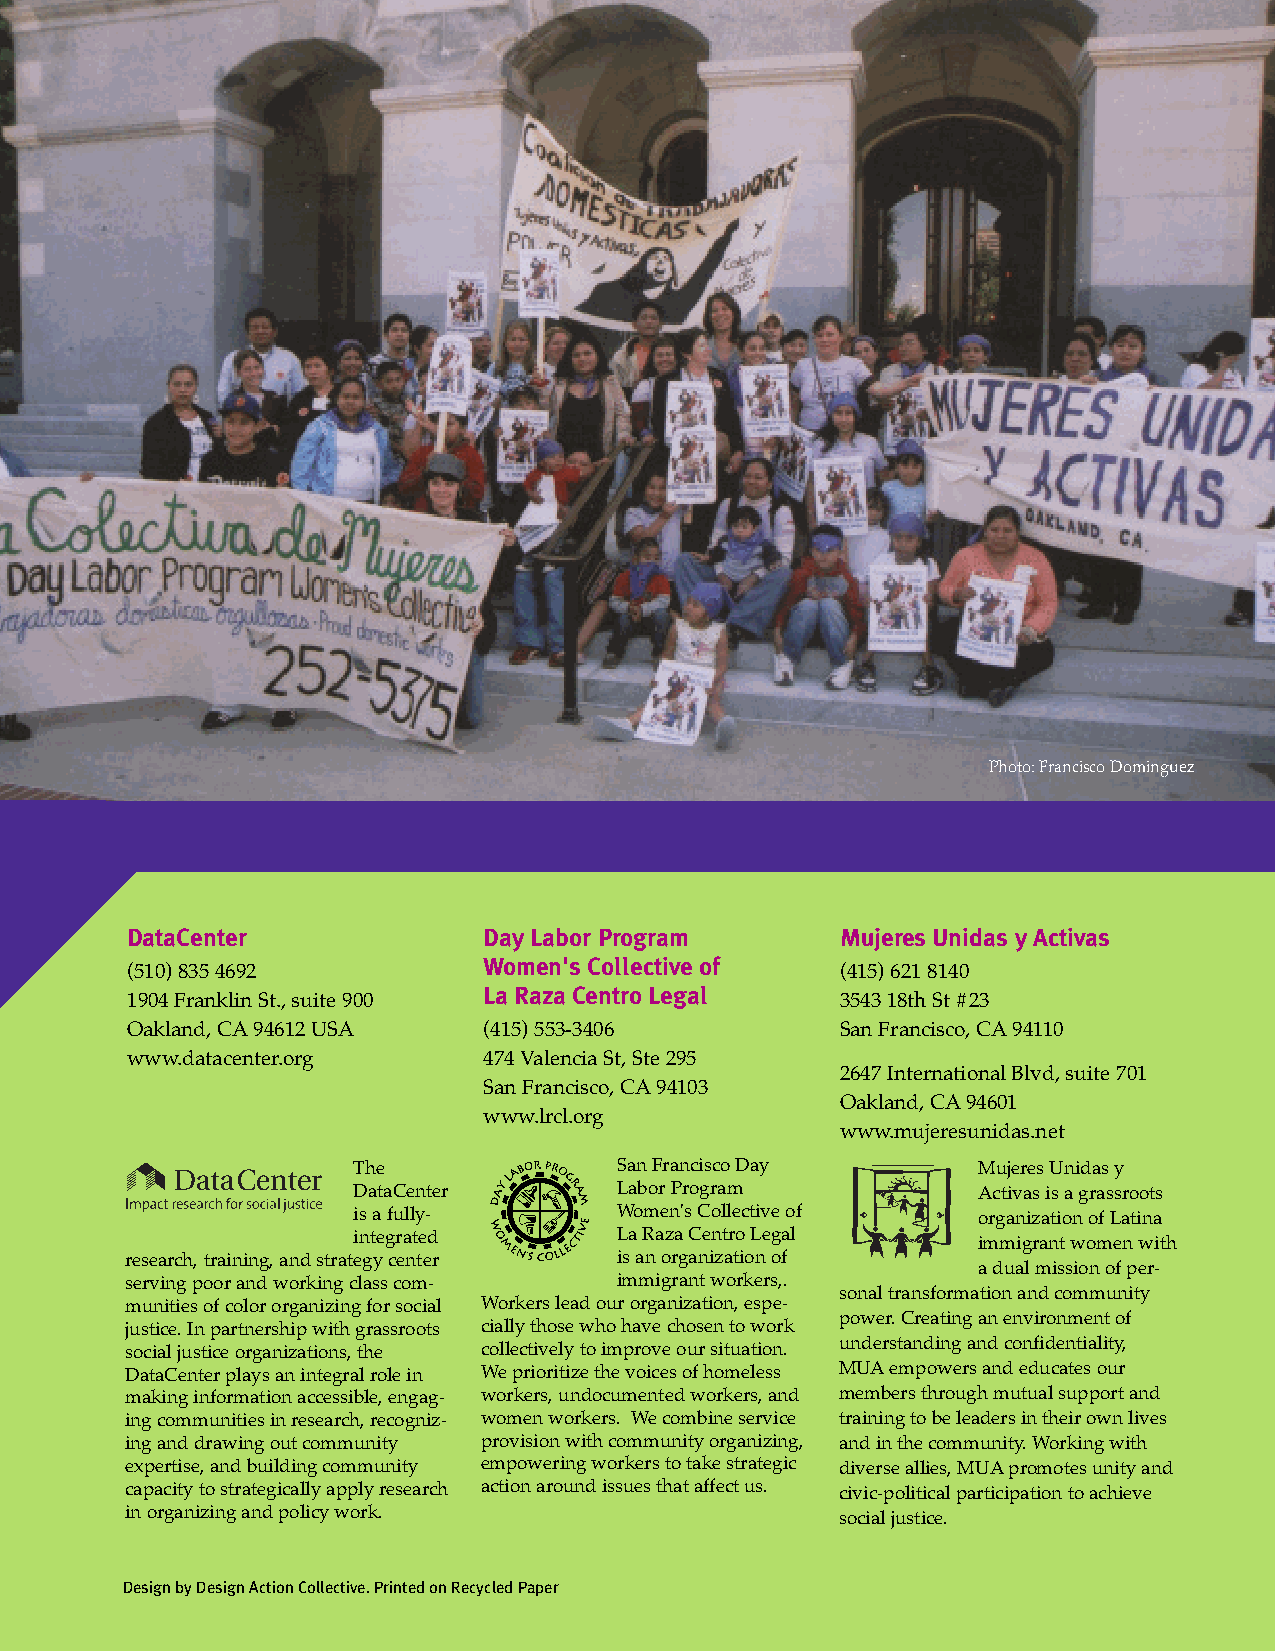
Photo: Francisco Dominguez
 DataCenter              Day Labor Program       Mujeres Unidas y Activas
 Women's Collective of
 (510) 835 4692          La Raza Centro Legal    (415) 621 8140
 1904 Franklin St., suite 900                    3543 18th St #23
 Oakland, CA94612 USA    (415) 553-3406          San Francisco, CA94110
 www.datacenter.org      474 Valencia St, Ste 295
 2647 International Blvd, suite 701
 San Francisco, CA94103
 Oakland, CA94601
 www.lrcl.org
 www.mujeresunidas.net
 The               San Francisco Day       Mujeres Unidas y
 DataCenter        Labor Program           Activas is a grassroots
 is a fully-       Women's Collective of   organization of Latina
 integrated        La Raza Centro Legal
 immigrant women with
 research, training, and strategy center is an organization of
 adual mission of per-
 serving poor and working class com- immigrant workers,.
 sonal transformation and community
 munities of color organizing for social Workers lead our organization, espe-
 power.Creating an environment of
 justice. In partnership with grassroots cially those who have chosen to work
 social justice organizations, the collectively to improve our situation. understanding and confidentiality,
 DataCenter plays an integral role in We prioritize the voices of homeless MUAempowers and educates our
 making information accessible, engag- workers, undocumented workers, and members through mutual support and
 ing communities in research, recogniz- women workers. We combine service training to be leaders in their own lives
 ing and drawing out community provision with community organizing, and in the community. Working with
 expertise, and building community empowering workers to take strategic diverse allies, MUApromotes unity and
 capacity to strategically apply research action around issues that affect us. civic-political participation to achieve
 in organizing and policy work.
 social justice.
 Design by Design Action Collective. Printed on Recycled Paper